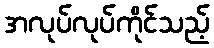
အလုပ်လုပ်ကိုင်သည့်